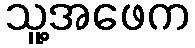
သူ့အဖေက